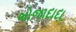
ભોજાદાદા